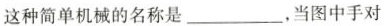
这种简单机械的名称是___，当图中手对